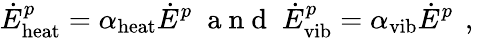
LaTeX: \dot{E}_{\mathrm{heat}}^{p}=\alpha_{\mathrm{heat}}\dot{E}^{p}\; \mathrm{~a~n~d~}\; \dot{E}_{\mathrm{vib}}^{p}=\alpha_{\mathrm{vib}}\dot{E}^{p}\, \mathrm{~,~}